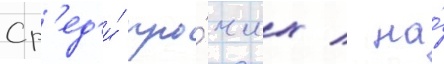
Ср'ед'и́ про́чих / на́